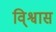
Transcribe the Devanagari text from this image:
वि्श्वास